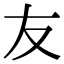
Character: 友